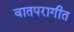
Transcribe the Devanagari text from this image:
वातपरागीत